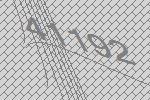
41192